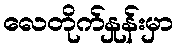
လေတိုက်နှုန်းမှာ